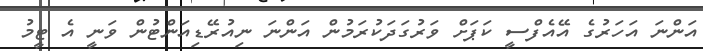
އަންނަ އަހަރުގެ އޭއެފްސީ ކަޕަށް ވަރުގަދަކުރަމުން އަންނަ ނިއުރޭޑިއަންޓުން ވަނީ އެ ޓީމު